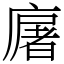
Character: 廜